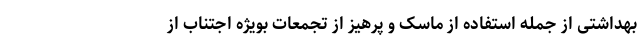
بهداشتی از جمله استفاده از ماسک و پرهیز از تجمعات بویژه اجتناب از